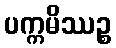
ပက္ကမိဿဉ္စ